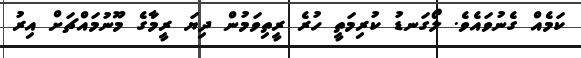
ކަމެއް ގެނުވައެވެ. ލޯގަނޑު ކުރިމަތީ ހުރެ ރީތިވަމުން ދިޔަ ރީމާގެ މޫނުމައްޗަށް އިރު